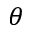
\theta